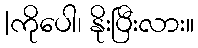
|ကိုပေါ၊ နိုးပြီးလား။